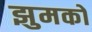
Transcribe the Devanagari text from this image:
झुमकों